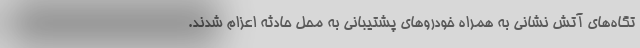
تگاه‌های آتش نشانی به همراه خودروهای پشتیبانی به محل حادثه اعزام شدند.